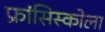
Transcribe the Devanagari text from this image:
फ्रांसिस्कोला